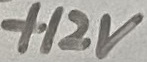
Text: +12V